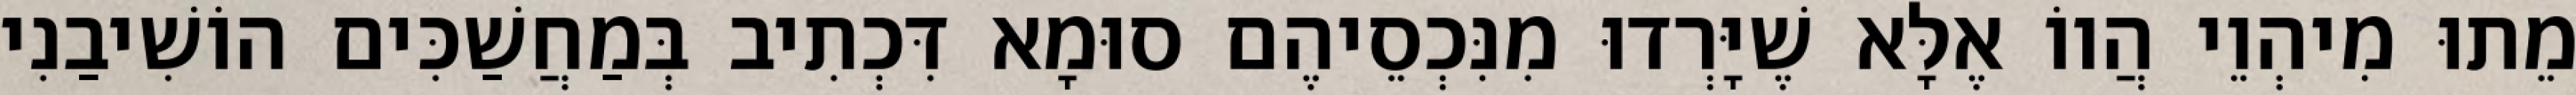
מֵתוּ מִיהְוֵי הֲווֹ אֶלָּא שֶׁיָּרְדוּ מִנִּכְסֵיהֶם סוּמָא דִּכְתִיב בְּמַחֲשַׁכִּים הוֹשִׁיבַנִי